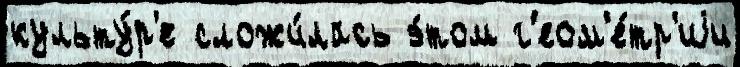
культу́р'е сложи́лась э́том г'еом'е́тр'иjи